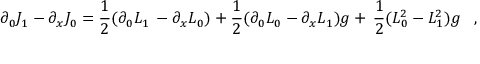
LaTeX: \partial _ { 0 } J _ { 1 } - \partial _ { x } J _ { 0 } = \frac { 1 } { 2 } ( \partial _ { 0 } L _ { 1 } \, - \partial _ { x } L _ { 0 } ) + \frac { 1 } { 2 } ( \partial _ { 0 } L _ { 0 } - \partial _ { x } L _ { 1 } ) g + \, \frac { 1 } { 2 } ( L _ { 0 } ^ { 2 } - L _ { 1 } ^ { 2 } ) g \; \; \; ,